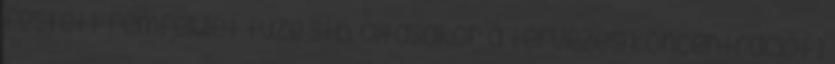
festett fémfelület tüze stb. oltásakor a tervezési koncentrációt 1